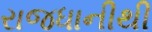
રાજધાનીથી